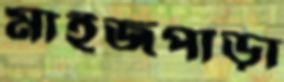
মাইজপাড়া